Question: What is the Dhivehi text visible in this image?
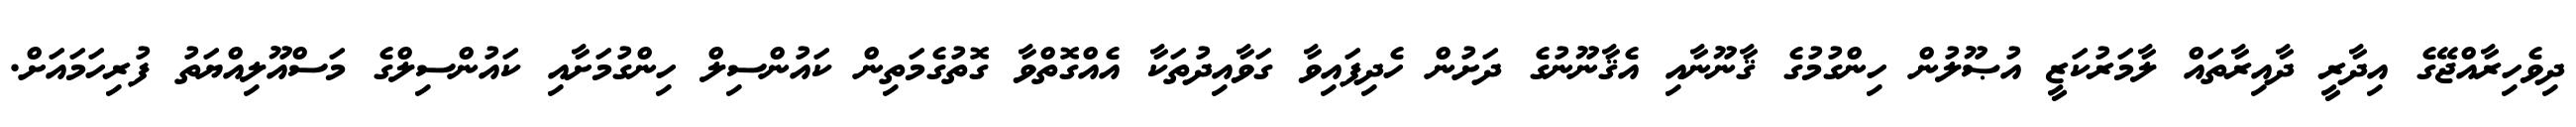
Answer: ދިވެހިރާއްޖޭގެ އިދާރީ ދާއިރާތައް ލާމަރުކަޒީ އުޞޫލުން ހިންގުމުގެ ޤާނޫނާއި އެޤާނޫނުގެ ދަށުން ހެދިފައިވާ ގަވާއިދުތަކާ އެއްގޮތްވާ ގޮތުގެމަތިން ކައުންސިލް ހިންގުމަށާއި ކައުންސިލްގެ މަސްއޫލިއްޔަތު ފުރިހަމައަށް.